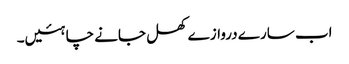
اب سارے دروازے کھل جانے چاہئیں۔